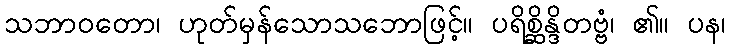
သဘာဝတော၊ ဟုတ်မှန်သောသဘောဖြင့်။ ပရိစ္ဆိန္ဒိတဗ္ဗံ၊ ၏။ ပန၊